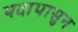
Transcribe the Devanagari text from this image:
पदापासुन